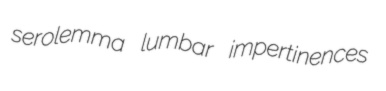
serolemma lumbar impertinences